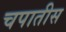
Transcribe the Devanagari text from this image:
चपातीस